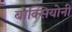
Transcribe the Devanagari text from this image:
बोक्सियोनी